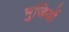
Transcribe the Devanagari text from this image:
भुजियों